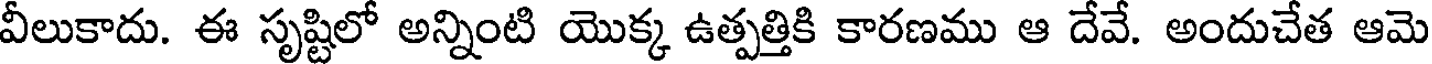
వీలుకాదు. ఈ సృష్టిలో అన్నింటి యొక్క ఉత్పత్తికి కారణము ఆ దేవే. అందుచేత ఆమె